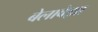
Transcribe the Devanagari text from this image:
बेलावेझा